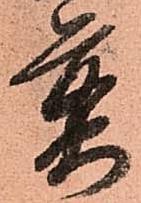
煎